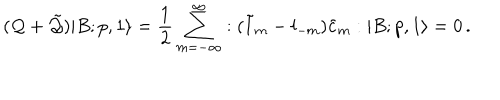
( { \cal Q } + \tilde { \cal Q } ) | B ; p , 1 \rangle = \frac { 1 } { 2 } \sum _ { m = - \infty } ^ { \infty } : ( \tilde { l } _ { m } - { l } _ { - m } ) \tilde { c } _ { m } : | B ; p , 1 \rangle = 0 \, .